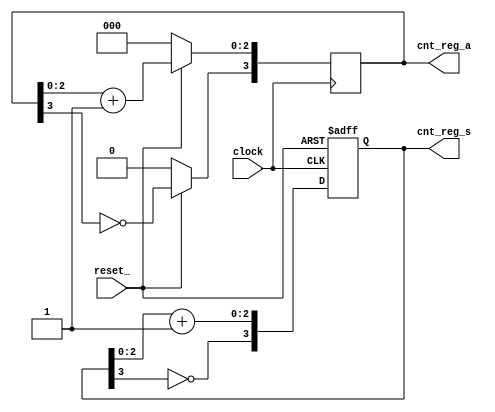
module reg_counter (clock, reset_, cnt_reg_s, cnt_reg_a);

input        clock;
input        reset_;
output [3:0] cnt_reg_s;
output [3:0] cnt_reg_a;

reg [3:0] cnt_reg_s;  //asynchronous reset
always @ (posedge clock or negedge reset_)
   if (!reset_)
      cnt_reg_s <= 4'b0000;
   else
     begin
       cnt_reg_s [2:0] <= cnt_reg_s [2:0] + 1;
       cnt_reg_s [3]   <= ~cnt_reg_s [3];
     end

reg [3:0] cnt_reg_a;  //synchronous reset
always @ (posedge clock)
   if (!reset_)
      cnt_reg_a <= 4'b0000;
   else
     begin
       cnt_reg_a [2:0] <= cnt_reg_a [2:0] + 1;
       cnt_reg_a [3]   <= ~cnt_reg_a [3];
     end


endmodule